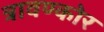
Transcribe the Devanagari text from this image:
त्रावण्कोर